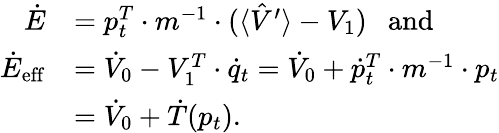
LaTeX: \begin{array}{rl}{\dot{E}}&{=p_{t}^{T}\cdot m^{-1}\cdot(\langle\hat{V}^{\prime}\rangle-V_{1})\mathrm{~\ \ and}}\\ {\dot{E}_{\mathrm{eff}}}&{=\dot{V}_{0}-V_{1}^{T}\cdot\dot{q}_{t}=\dot{V}_{0}+\dot{p}_{t}^{T}\cdot m^{-1}\cdot p_{t}}\\ &{=\dot{V}_{0}+\dot{T}(p_{t}).}\end{array}